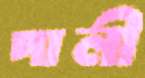
পালী